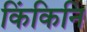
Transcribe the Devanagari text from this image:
किंकिनि